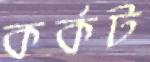
কর্কট